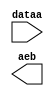
module lpm_compare_kal (
	dataa,
	aeb);

	input	[9:0]  dataa;
	output	  aeb;

endmodule